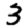
Digit: 3